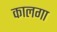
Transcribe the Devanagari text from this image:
कालगा